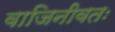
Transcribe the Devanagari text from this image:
वाजिनीवतः